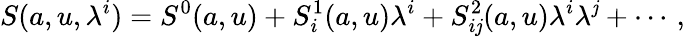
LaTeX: S(a,u,\lambda^{i})=S^{0}(a,u)+S_{i}^{1}(a,u)\lambda^{i}+S_{i\mathit{j}}^{2}(a,u)\lambda^{i}\lambda^{\mathit{j}}+\cdots\, ,